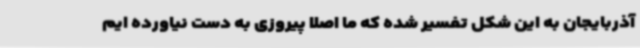
آذربایجان به این شکل تفسیر شده که ما اصلا پیروزی به دست نیاورده ایم